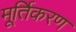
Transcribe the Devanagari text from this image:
मूर्तिकरण